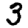
Digit: 3